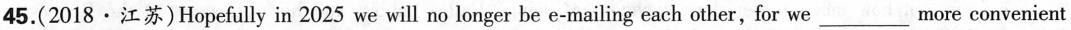
45.(2018·江苏)Hopefully in 2025 we will no longer be e-mailing each other, for we ___ more convenient